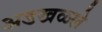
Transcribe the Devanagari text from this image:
अडखळले